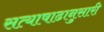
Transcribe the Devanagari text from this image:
सत्याषाढानुसारी